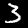
Digit: 3